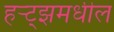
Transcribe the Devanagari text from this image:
हर्‍ट्झमधील